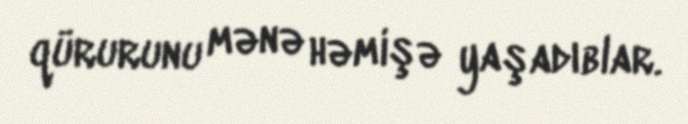
qürurunu mənə həmişə yaşadıblar.